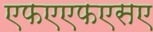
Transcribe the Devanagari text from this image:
एफएएफएसए